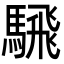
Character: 騛